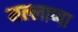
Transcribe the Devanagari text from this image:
मल्लाप्पा